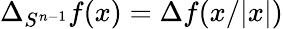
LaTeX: \Delta_{S^{n-1}}f(x)=\Delta f(x/|x|)